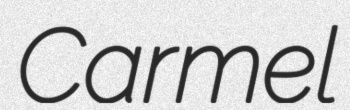
Carmel